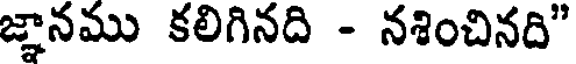
జ్ఞానము కలిగినది - నశించినది"